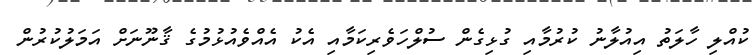
ކުއްލި ހާލަތު އިއުލާނު ކުރުމާއި ގުޅިގެން ސުލްހަވެރިކަމާއި އެކު އެއްވެއުޅުމުގެ ޤާނޫނަށް އަމަލުކުރުން